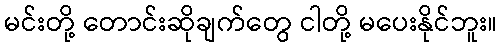
မင်းတို့ တောင်းဆိုချက်တွေ ငါတို့ မပေးနိုင်ဘူး။